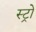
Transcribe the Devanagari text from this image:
स्ट्रो